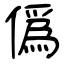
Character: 僞